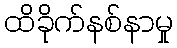
ထိခိုက်နစ်နာမှု